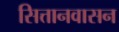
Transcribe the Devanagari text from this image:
सित्तानवासन